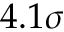
4 . 1 \sigma